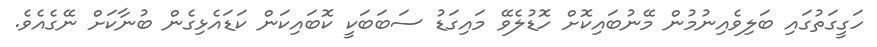
ހަގީގަތުގައި ބަލިވެއިނުމުން މޭނުބައިކޮށް ހޮޑުލެވޭ މައިގަޑު ސަބަބަކީ ކޮބައިކަން ކަޑައެޅިގެން ބުނާކަށް ނޭގެއެވެ.